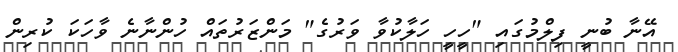
އޭނާ ބުނީ ފިލްމުގައި "ހީހީ ހަލާކުވާ ވަރުގެ" މަންޒަރުތައް ހުންނާނެ ވާހަކަ ކުރިން